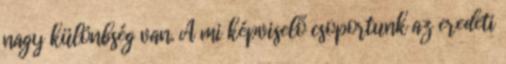
nagy különbség van. A mi képviselő csoportunk az eredeti